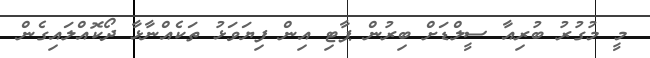
މީ މުގުރު ބުރިއާ ސީލްޑަށް ބިރުން ޕާޓި އިން ފިޔަވަޅު ތަކެއްނާޅާ ދޯކޮއްލައިގެން